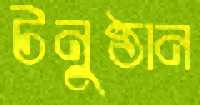
টনুষ্ঠান